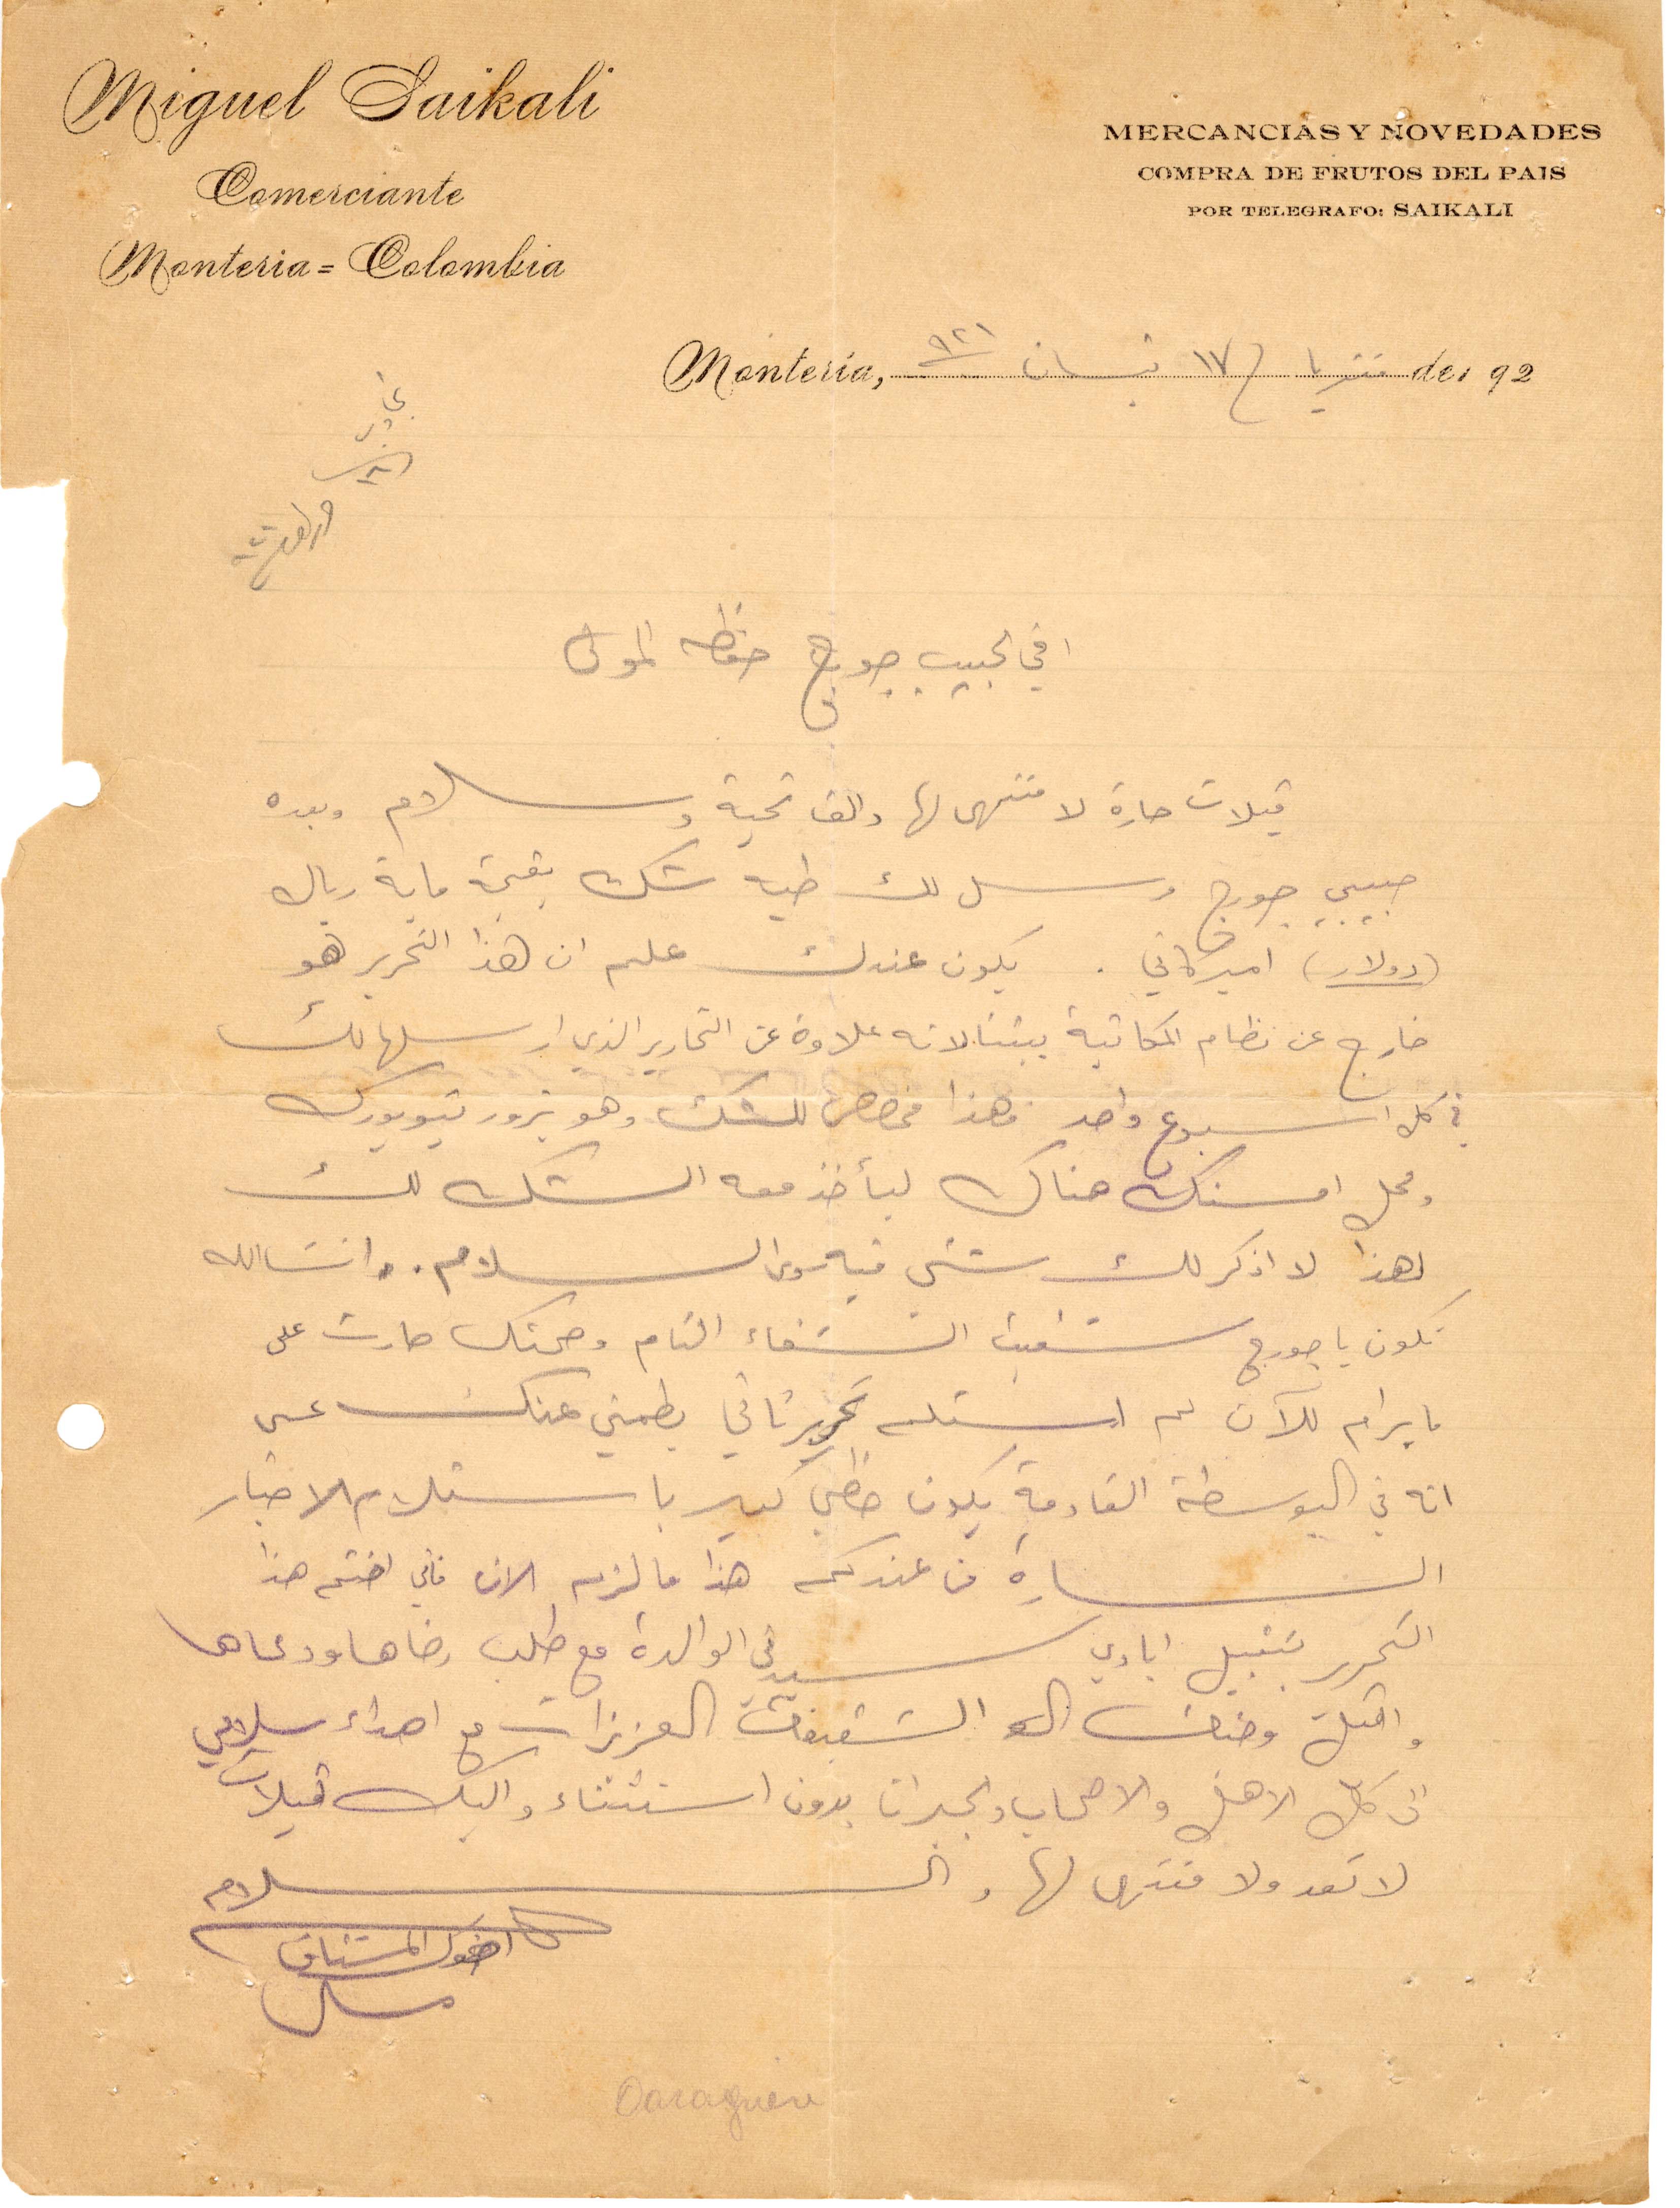
اخي الحبيب جورج حفظه المولى
قبلات حارة لا منتهى لها والف تحية وسلام وبعده
حبيب جورج مرسل لك طيه شك بقيمة ماية ريال
دولار اميركاني. يكون عندك عليم ان هذا التحرير هو
خارج عن نظام المكاتبة بيننا لانه علاوة عن التحارير الذي أرسلها لك
في كل أسبوع واحد فهذا مخصص للشك وهو يزور نيويورك
محل امسنك هناك ليأخذ معه الشك لك
لهذا لا اذكر لك شيء فيه والسلام وانشالله
تكون يا جورج شفيت الشفاء التام وصحتك صارت على
ما يرام للآن لم استلم تحرير ثاني يطمني عنك عسى
انه في البوسطة القادمة بكون خظي كبير باستلام الاخبار
السارة من عندكم هذا ما لزم الان فاني اختم هذا
التحرير بتقبيل ايادي سيدتي الوالدة مع طلب رضاها ودعاها
واقبل وجنات الشقيقات العزيزات مع اهداء سلامي
الى كل الاهل والاصحاب والجيران بدون استثناء واليك قبلات
لا تعد ولا منتهى لها والسلام
اخوك المشتاق